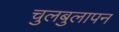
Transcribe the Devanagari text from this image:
चुलबुलापन